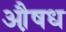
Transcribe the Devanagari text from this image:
औ़षध